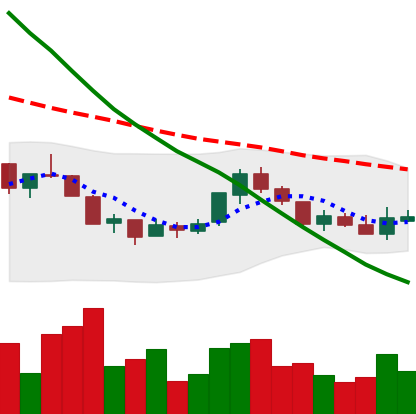
Ticker: NEO-USD
Chart end date: 2018-07-25
Forward return: -5.568%
Label: down_5_7